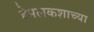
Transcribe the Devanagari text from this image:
हेमलकशाच्या